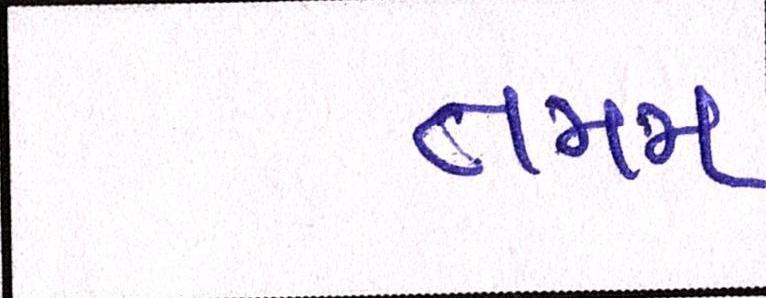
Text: તમમ